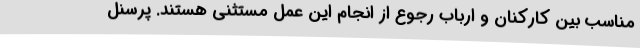
مناسب بین کارکنان و ارباب رجوع از انجام این عمل مستثنی هستند. پرسنل